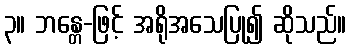
၃။ ဘန္တေ-ဖြင့် အရိုအသေပြု၍ ဆိုသည်။